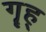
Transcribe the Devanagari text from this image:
गॄह्